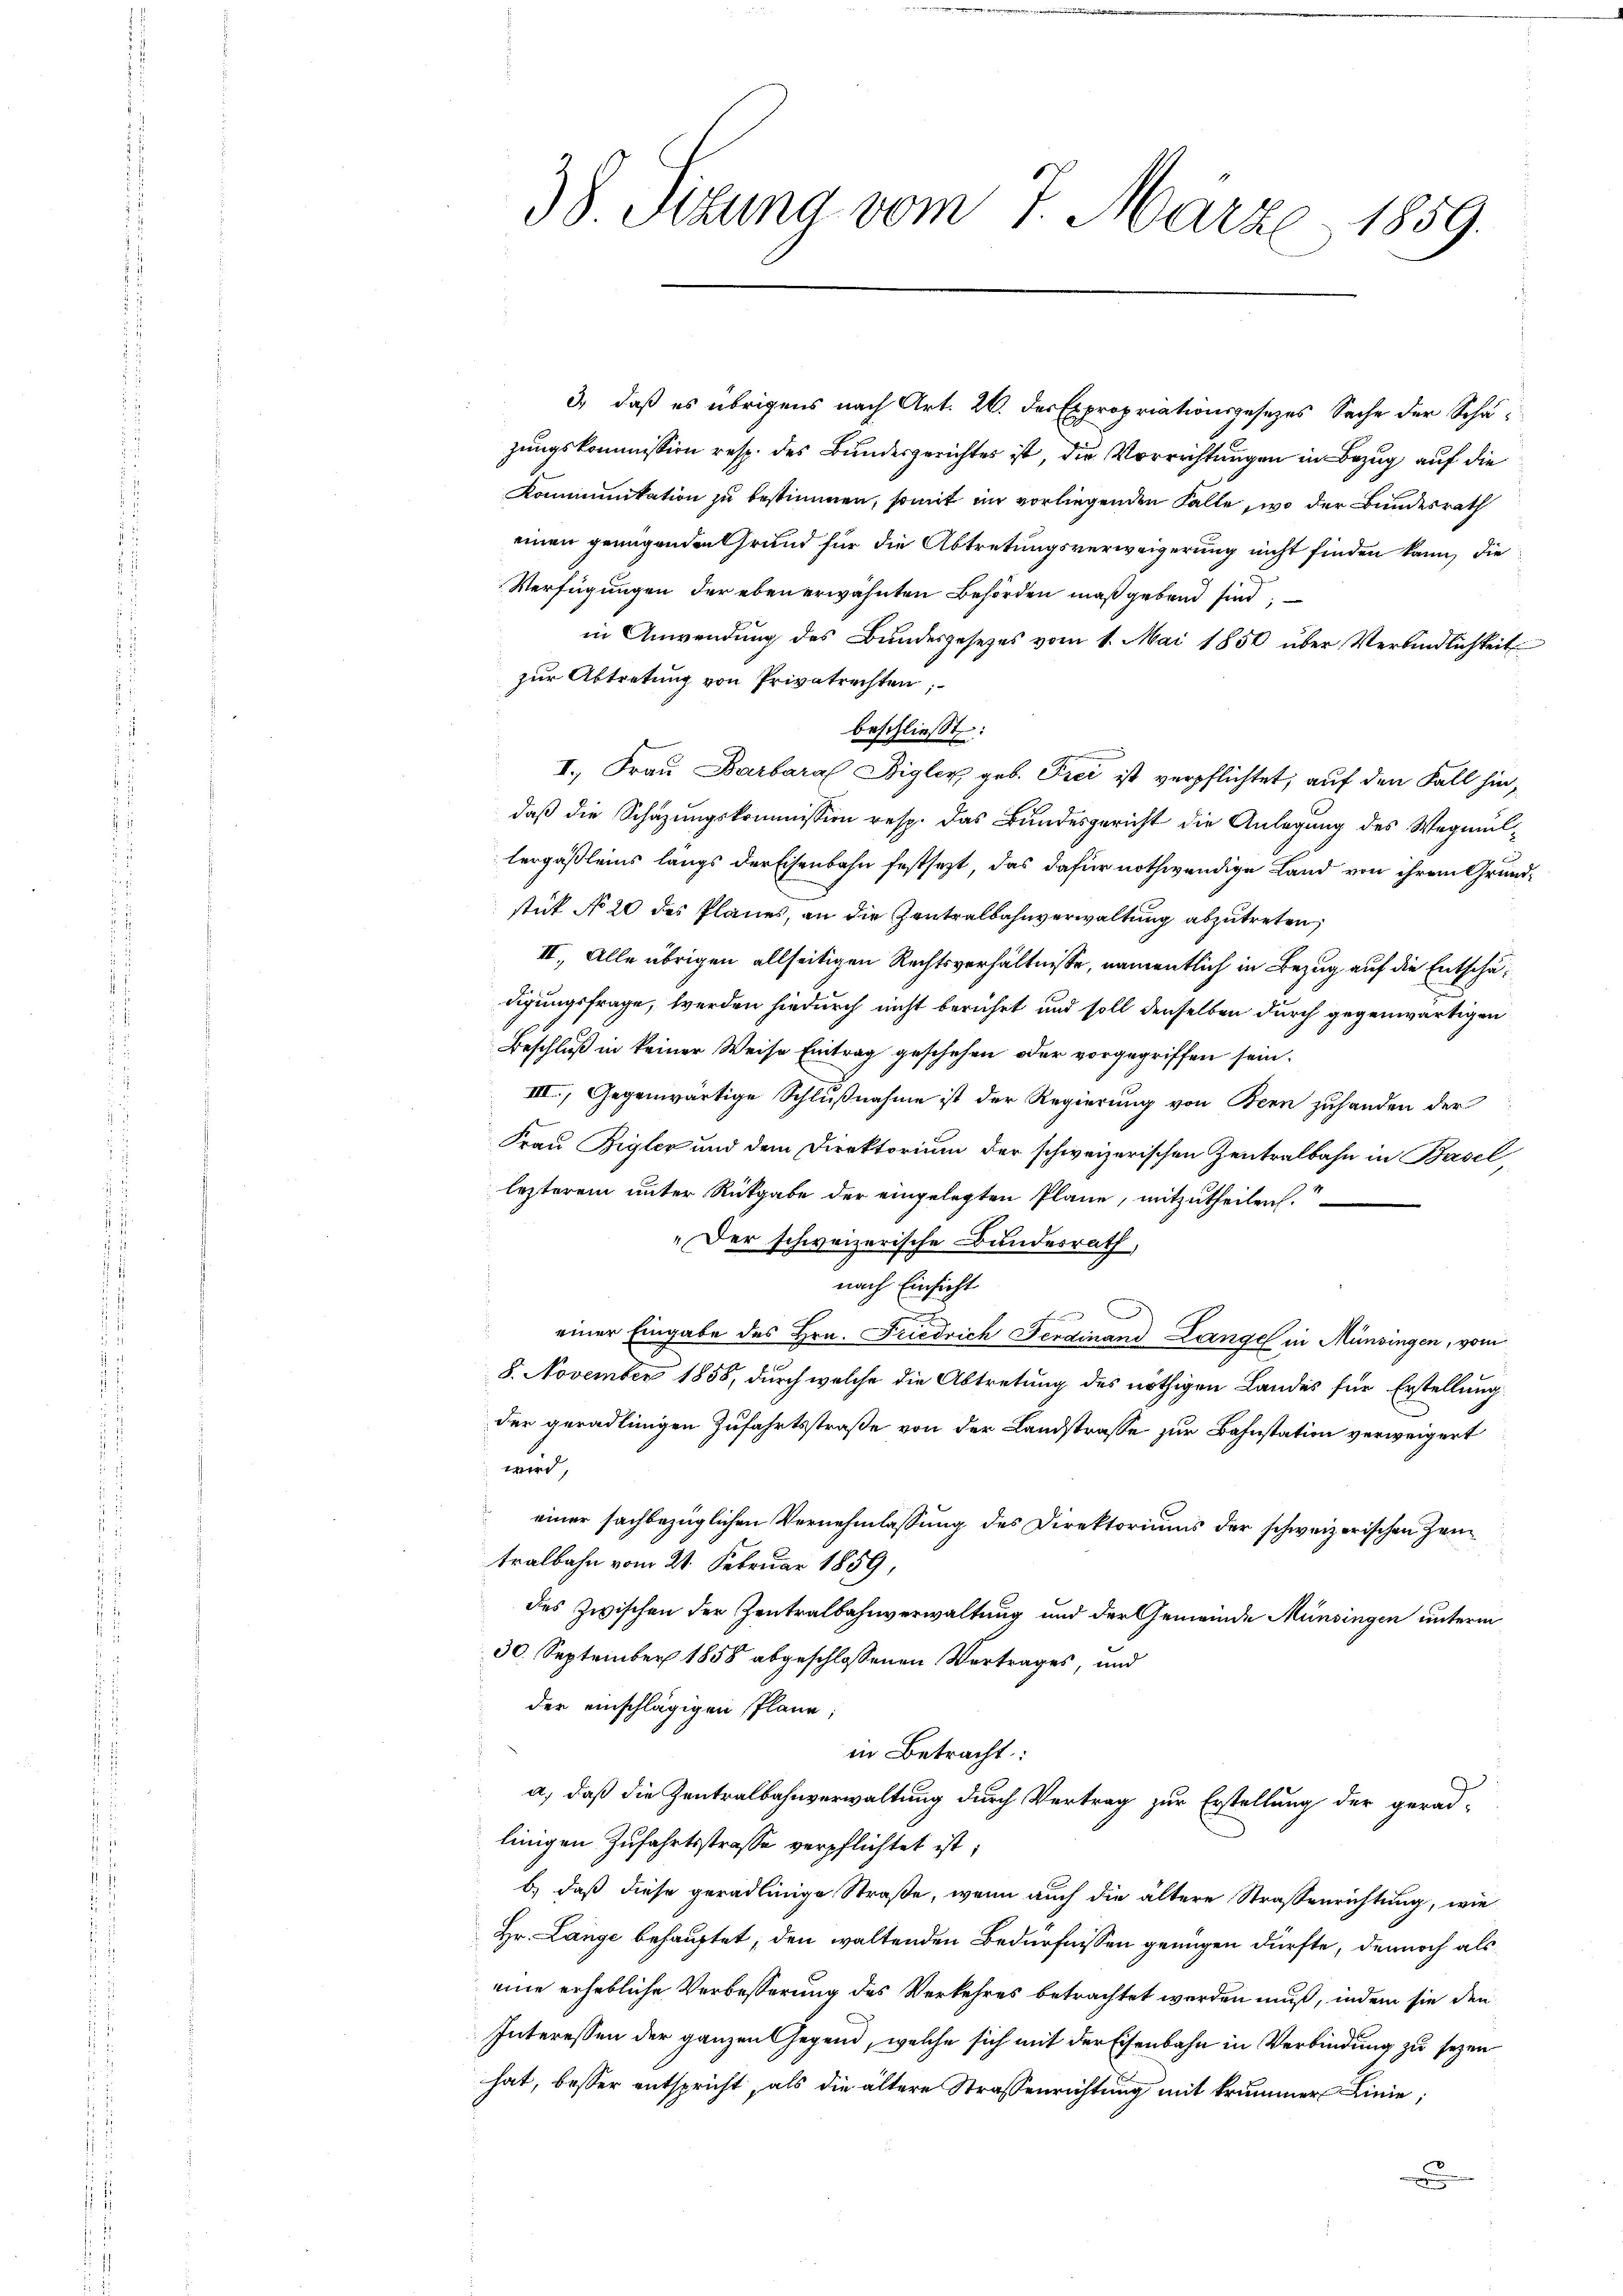
38 Sizung vom 7. März 1859.

3) daß es übrigens nach Art. 26. des Expropriationsgesezes Sache der Schäzungskommission resp. des Bundesgerichtes ist, die Verrichtungen in Bezug auf die
Kommunikation zu bestimmen, somit im vorliegenden Falle, wo der Bundesrath
einen genügenden Grund für die Abtretungsverweigerung nicht finden kann, die
Verfügungen der ebenerwähnten Behörden maßgebend sind
in Anwendung des Bundesgesetzes vom 1. Mai 1850 über Verbindlichkeit
zur Abtretung von Privatrechten;
beschließt:

I. Frau Barbara Bigler geb. Frei ist verpflichtet, auf den Fall hindaß die Schazungskommission resp. das Bundesgericht die Anlegung des Wegmultergaßleins langs der Eisenbahn festsezt, das dafür nothwendige Land von ihrem Grundstük No 20 des Planes, an die Zentralbahnverwaltung abzutreten,
II. Alle übrigen allseitigen Rechtsverhältnisse, namentlich in Bezug auf die Entschädigungsfrage, werden hiedurch nicht berührt und soll derselben durch gegenwärtigen
Beschluß in keiner Weise Eintrag geschehen oder vorgegriffen sein.
III., Gegenwärtige Schlußnahme ist der Regierung von Bern zuhanden der
d
Frau Bigler und dem Direktorium der schweizerischen Zentralbahn in Basel
lezterem unter Rückgabe der eingelegten Pläne, mitzutheilen.
„Der schweizerische Bundesrath,
nach Einsicht
b
r
einer Eingabe des Hrn. Friedrich Ferdinand Lange in Münsingen, vom
8. November 1858, durch welche die Abtretung des nöthigen Landes für Erstellung
der geradlinigen Zufahrtsstraße von der Landstrasse zur Bahnstation verweigert
wird,
 einer sachbezüglichen Vernehmlassung des Direktoriums der schweizerischen Zei
tralbahn vom 21. Februar 1859,
des zwischen der Zentralbahnverwaltung und der Gemeinde Münsingen unterm
30. September 1858 abgeschlossenen Vertrages, und
der einschlägigen Plane;
in Betracht:
a, daß die Zentralbahnverwaltung durch Vertrag zur Erstellung der geradlinigen Zufahrtsstrasse verpflichtet ist;
b.) daß diese geradlinige Straße, wenn auch die ältere Straßenrichtung, wie
Hr. Lange behauptet, den waltenden Bedürfnissen genügen dürfte, dennoch als
eine erhebliche Verbesserung des Verkehres betrachtet werden muß, indem sie den
Interessen der ganzen Gegend, welche sich mit der Eisenbahn in Verbindung zu sezen
hat, besser entspricht, als die ältere Strassenrichtung mit krummer Linie,